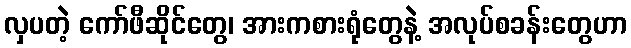
လှပတဲ့ ကော်ဖီဆိုင်တွေ၊ အားကစားရုံတွေနဲ့ အလုပ်စခန်းတွေဟာ